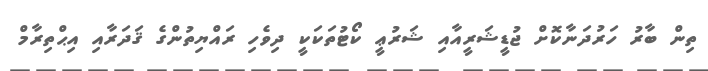
ތިން ބާރު ހަރުދަނާކޮށް ޖުޑީޝަރީއާއި ޝަރުޢީ ކޯޓުތަކަކީ ދިވެހި ރައްޔިތުންގެ ޤަދަރާއި އިޙްތިރާމް